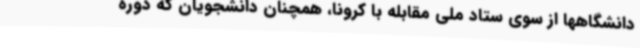
دانشگاهها از سوی ستاد ملی مقابله با کرونا، همچنان دانشجویان که دوره